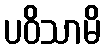
ပဝိသာမိ